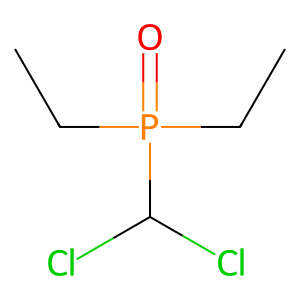
SMILES: CCP(=O)(CC)C(Cl)Cl
Inhibits HIV replication: No